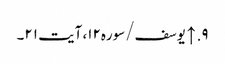
۹. ↑ یوسف/سوره۱۲، آیت ۲۱۔